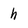
Character: h